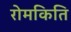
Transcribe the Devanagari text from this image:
रोमकिति